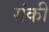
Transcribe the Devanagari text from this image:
गंकी